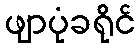
ဖျာပုံခရိုင်